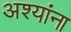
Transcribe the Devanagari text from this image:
अश्यांना